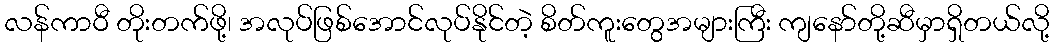
လန်ကာဝီ တိုးတက်ဖို့၊ အလုပ်ဖြစ်အောင်လုပ်နိုင်တဲ့ စိတ်ကူးတွေအများကြီး ကျနော်တို့ဆီမှာရှိတယ်လို့